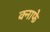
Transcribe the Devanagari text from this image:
क्नाफे